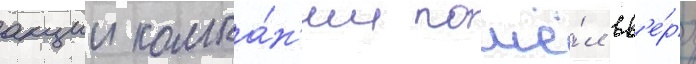
акции компа́н'ии пошё́л вв'е́рх